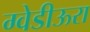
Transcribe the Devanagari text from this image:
ग्वेडीऊरा